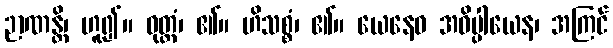
ဉာဏန္တိ၊ ဟူ၍။ ဝုတ္တံ၊ ၏။ ဟိသစ္စံ၊ ၏။ ယေနေဝ အဓိပ္ပါယေန၊ အကြင်